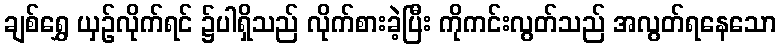
ချစ်ရွှေ ယှဉ်လိုက်ရင် ၌ပါရှိသည် လိုက်စားခဲ့ပြီး ကိုကင်းလွတ်သည် အလွတ်ရနေသော